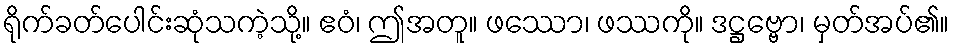
ရိုက်ခတ်ပေါင်းဆုံသကဲ့သို့။ ဧဝံ၊ ဤအတူ။ ဖဿော၊ ဖဿကို။ ဒဋ္ဌဗ္ဗော၊ မှတ်အပ်၏။